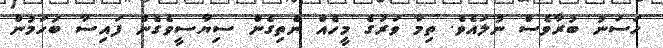
ހަސަނު ބުރާވެސް ނުލައެވެ. ތިމާ ވަރުގެ މީހެއް ނެތިގެން ސިޔާސީވެގެން ފައިސާ ބަހަމުން